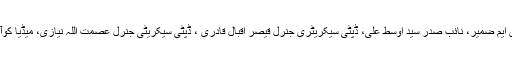
وفد میں پاکستان عوامی تحریک سندھ کے صدر ڈاکٹر ایس ایم ضمیر، نائب صدر سید اوسط علی، ڈپٹی سیکریٹری جنرل قیصر اقبال قادری ، ڈپٹی سیکریٹی جنرل عصمت اللہ نیازی، میڈیا کوآرڈینیٹرز محمد الیاس مغل اور سید اسد جعفری شامل تھے۔